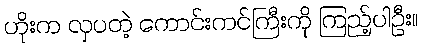
ဟိုးက လှပတဲ့ ကောင်းကင်ကြီးကို ကြည့်ပါဦး။